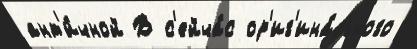
ант'и́чной В с'ейча́с ор'иг'ина́льного